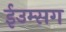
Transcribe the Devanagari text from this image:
ईउम्सग